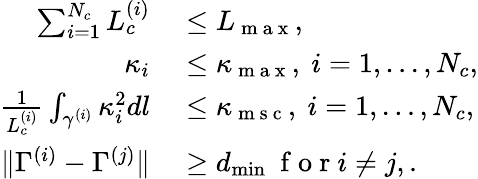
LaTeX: \begin{array}{rl}{\sum_{i=1}^{N_{c}}L_{c}^{(i)}}&{{}\le L_{\mathrm{~m~a~x~}},}\\ {\kappa_{i}}&{{}\le\kappa_{\mathrm{~m~a~x~}},~i=1,\ldots,N_{c},}\\ {\frac{1}{L_{c}^{(i)}}\int_{\gamma^{(i)}}\kappa_{i}^{2}dl}&{{}\le\kappa_{\mathrm{~m~s~c~}},~i=1,\ldots,N_{c},}\\ {\| \Gamma^{(i)}-\Gamma^{(j)}\| }&{{}\geq d_{\operatorname*{min}}~\mathrm{~f~o~r~}i\neq j,.}\end{array}